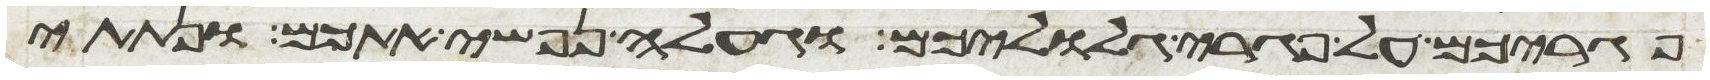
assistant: פגריכם על פגרי גלוליכם וגעלה נפשי אתכם ונתתי